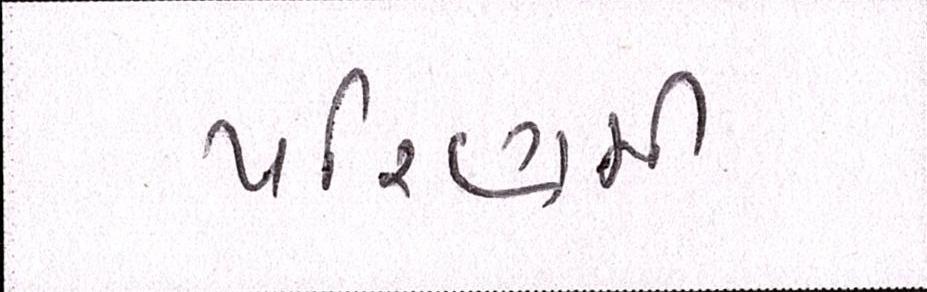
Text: પરિણમી